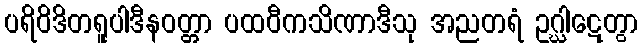
ပရိဝိဒိတရူပါဒီနဝတ္တာ ပထဝီကသိဏာဒီသု အညတရံ ဥဂ္ဃါဋေတွာ